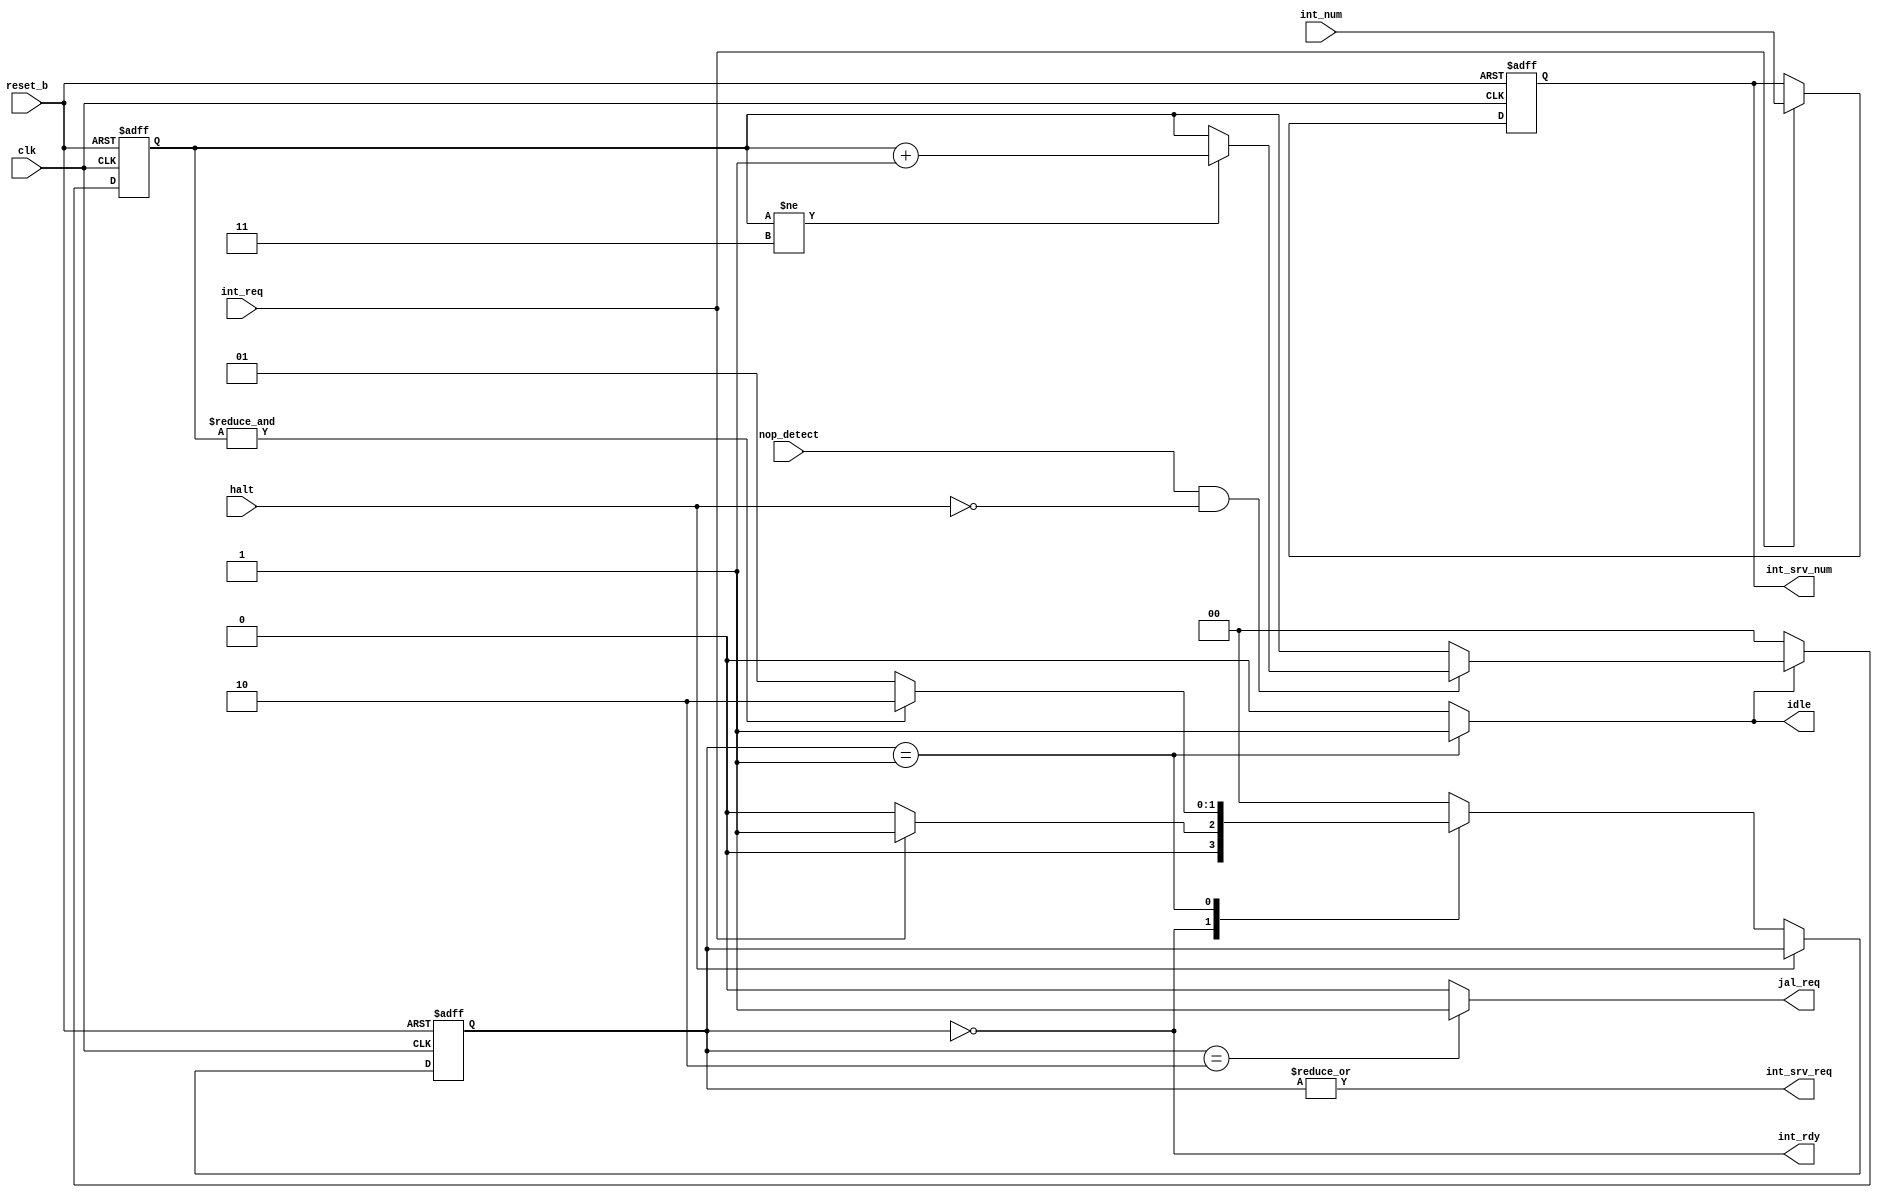
/* Processor Interupt Controller
   SXP Processor
   Sam Gladstone

   See int_cont.txt in doc directory for more information.

*/

module int_cont (
		clk,		// system clock
		reset_b,	// system reset
                halt,		// processor halt signal
                int_req,	// signal that an interupt is requested
		int_num,	// interupt number that is being requested
                nop_detect,	// signal that the processor just executed a NOP instruction

                int_rdy,	// 1 when int req will be serviced when requested 
                idle,		// signal to idle processor;
                jal_req,	// signal to fetch to insert the JAL instruction
		int_srv_req,	// signal that the interupt was serviced 
                int_srv_num);	// interupt number that was serviced


input clk;
input reset_b;
input halt;
input int_req;
input [15:0] int_num;
input nop_detect;

output int_rdy;
output idle;
output int_srv_req;
output jal_req;
output [15:0] int_srv_num;


// Internal signals

reg [1:0] state;
reg [1:0] next_state;
reg [1:0] nop_cnt;
reg [15:0] r_int_num;

// Sets int_rdy low if we are servicing an interupt (no additional interupts will be serviced at this time)
assign int_rdy = !state;

// Sets the idle signal when state is in idle mode
assign idle = (state == 2'b 01) ? 1'b 1 : 1'b 0;

// Counts the number of NOPs when we are in idle mode
always @(posedge clk or negedge reset_b)
  begin
    if (!reset_b)
      nop_cnt <= 'b 0;
    else
      if (!idle)
        nop_cnt <= 'b 0;
      else
        if (nop_detect && !halt)
          if (nop_cnt != 2'b 11)
            nop_cnt <= nop_cnt + 1'b 1;
  end
 
// Records the interupt that we are working on
always @(posedge clk or negedge reset_b)
  begin
    if (!reset_b)
      r_int_num <= 'b 0;
    else
      if (int_req) 
        r_int_num <= int_num;
  end 

// Signals external interupt controller that int_cont is servicing an interupt
assign int_srv_num = r_int_num;
assign int_srv_req = |state; 

// Submit JAL instruction request to processor
assign jal_req = (state == 2'b 10) ? 1'b 1 : 1'b 0;


// assign next state to state 
always @(posedge clk or negedge reset_b)
  begin
    if (!reset_b)
      state <= 'b 0;
    else
      if (!halt)
        state <= next_state;
  end

always @(int_req or nop_cnt or state)
  begin
    case (state)
      // init state
      2'b 00 : if (int_req)
                 next_state = 2'b 01;
               else
                 next_state = 2'b 00;

      // start idleling of processor (wait for 4 NOPs)             
      2'b 01 : if (&nop_cnt)
                 next_state = 2'b 10;
               else
                 next_state = 2'b 01;

      // submit JAL instruction
      2'b 10 : next_state = 2'b 00;
 
      // If unknown state is found then go to init state 
      default : next_state = 2'b 00;
    endcase
  end

endmodule
     
/*    
 *  $Id: int_cont.v,v 1.3 2001-12-14 17:04:52 samg Exp $ 
 *  Module : int_cont
 *  Function : SXP internal interupt controller
 *             (An external one might be needed as well) 
 *  $Log: not supported by cvs2svn $
 *  Revision 1.2  2001/12/05 05:44:26  samg
 *  changed prefix from ~| to ! (same thing)
 *
 *  Revision 1.1  2001/10/26 21:53:55  samg
 *  interupt controller module
 *
 */